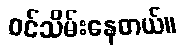
ဝင်သိမ်းနေတယ်။